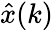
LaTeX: {\hat{x}}(k)